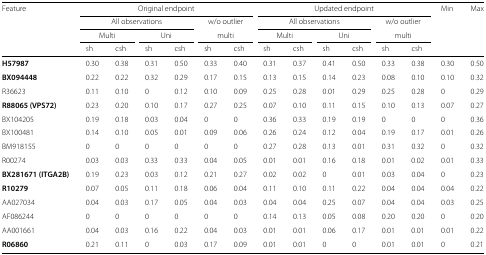
<table><thead><tr><td><b>Feature</b></td><td colspan="4"><b>Original endpoint</b></td><td colspan="2"></td><td colspan="4"><b>Updated endpoint</b></td><td colspan="2"></td><td><b>Min</b></td><td><b>Max</b></td></tr><tr><td></td><td colspan="4"><b>All observations</b></td><td colspan="2"><b>w/o outlier</b></td><td colspan="4"><b>All observations</b></td><td colspan="2"><b>w/o outlier</b></td><td colspan="2"></td></tr><tr><td></td><td colspan="2"><b>Multi</b></td><td colspan="2"><b>Uni</b></td><td colspan="2"><b>multi</b></td><td colspan="2"><b>Multi</b></td><td colspan="2"><b>Uni</b></td><td colspan="2"><b>multi</b></td><td colspan="2"></td></tr><tr><td></td><td><b>sh</b></td><td><b>csh</b></td><td><b>sh</b></td><td><b>csh</b></td><td><b>sh</b></td><td><b>csh</b></td><td><b>sh</b></td><td><b>csh</b></td><td><b>sh</b></td><td><b>csh</b></td><td><b>sh</b></td><td><b>csh</b></td><td colspan="2"></td></tr></thead><tbody><tr><td><b>H57987</b></td><td>0.30</td><td>0.38</td><td>0.31</td><td>0.50</td><td>0.33</td><td>0.40</td><td>0.31</td><td>0.37</td><td>0.41</td><td>0.50</td><td>0.33</td><td>0.38</td><td>0.30</td><td>0.50</td></tr><tr><td><b>BX094448</b></td><td>0.22</td><td>0.22</td><td>0.32</td><td>0.29</td><td>0.17</td><td>0.15</td><td>0.13</td><td>0.15</td><td>0.14</td><td>0.23</td><td>0.08</td><td>0.10</td><td>0.10</td><td>0.32</td></tr><tr><td>R36623</td><td>0.11</td><td>0.10</td><td>0</td><td>0.12</td><td>0.10</td><td>0.09</td><td>0.25</td><td>0.28</td><td>0.01</td><td>0.29</td><td>0.25</td><td>0.28</td><td>0</td><td>0.29</td></tr><tr><td><b>R88065 (VPS72)</b></td><td>0.23</td><td>0.20</td><td>0.10</td><td>0.17</td><td>0.27</td><td>0.25</td><td>0.07</td><td>0.10</td><td>0.11</td><td>0.15</td><td>0.10</td><td>0.13</td><td>0.07</td><td>0.27</td></tr><tr><td>BX104205</td><td>0.19</td><td>0.18</td><td>0.03</td><td>0.04</td><td>0</td><td>0</td><td>0.36</td><td>0.33</td><td>0.19</td><td>0.19</td><td>0</td><td>0</td><td>0</td><td>0.36</td></tr><tr><td>BX100481</td><td>0.14</td><td>0.10</td><td>0.05</td><td>0.01</td><td>0.09</td><td>0.06</td><td>0.26</td><td>0.24</td><td>0.12</td><td>0.04</td><td>0.19</td><td>0.17</td><td>0.01</td><td>0.26</td></tr><tr><td>BM918155</td><td>0</td><td>0</td><td>0</td><td>0</td><td>0</td><td>0</td><td>0.27</td><td>0.28</td><td>0.13</td><td>0.01</td><td>0.31</td><td>0.32</td><td>0</td><td>0.32</td></tr><tr><td>R00274</td><td>0.03</td><td>0.03</td><td>0.33</td><td>0.33</td><td>0.04</td><td>0.05</td><td>0.01</td><td>0.01</td><td>0.16</td><td>0.18</td><td>0.01</td><td>0.02</td><td>0.01</td><td>0.33</td></tr><tr><td><b>BX281671 (ITGA2B)</b></td><td>0.19</td><td>0.23</td><td>0.03</td><td>0.12</td><td>0.21</td><td>0.27</td><td>0.02</td><td>0.02</td><td>0</td><td>0.01</td><td>0.03</td><td>0.04</td><td>0</td><td>0.23</td></tr><tr><td><b>R10279</b></td><td>0.07</td><td>0.05</td><td>0.11</td><td>0.18</td><td>0.06</td><td>0.04</td><td>0.11</td><td>0.10</td><td>0.11</td><td>0.22</td><td>0.04</td><td>0.04</td><td>0.04</td><td>0.22</td></tr><tr><td>AA027034</td><td>0.04</td><td>0.03</td><td>0.17</td><td>0.05</td><td>0.04</td><td>0.03</td><td>0.04</td><td>0.04</td><td>0.25</td><td>0.07</td><td>0.04</td><td>0.04</td><td>0.03</td><td>0.25</td></tr><tr><td>AF086244</td><td>0</td><td>0</td><td>0</td><td>0</td><td>0</td><td>0</td><td>0.14</td><td>0.13</td><td>0.05</td><td>0.08</td><td>0.20</td><td>0.20</td><td>0</td><td>0.20</td></tr><tr><td>AA001661</td><td>0.04</td><td>0.03</td><td>0.16</td><td>0.22</td><td>0.04</td><td>0.03</td><td>0.01</td><td>0.01</td><td>0.06</td><td>0.17</td><td>0.01</td><td>0.01</td><td>0.01</td><td>0.22</td></tr><tr><td><b>R06860</b></td><td>0.21</td><td>0.11</td><td>0</td><td>0.03</td><td>0.17</td><td>0.09</td><td>0.01</td><td>0.01</td><td>0</td><td>0</td><td>0.01</td><td>0.01</td><td>0</td><td>0.21</td></tr></tbody></table>